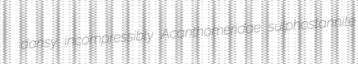
dansy incompressibly Acanthomeridae sulphostannite